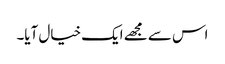
اس سے مجھے ایک خیال آیا۔